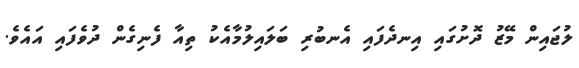
ލުޖައިން މޭޒު ދޮށުގައި އިނދެފައި އެނބުރި ބަލައިލުމާއެކު ތިއާ ފެނިގެން ދުވެފައި އައެވެ.